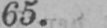
65.